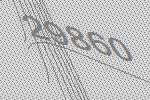
29860